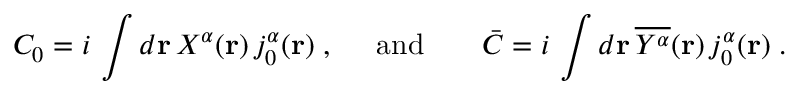
{ \cal C } _ { 0 } = i \, \int d { \bf { r } } \, { \textstyle { \cal X } ^ { \alpha } } ( { \bf r } ) \, j _ { 0 } ^ { \alpha } ( { \bf r } ) \; , \; \; \; \; \; \mathrm { a n d } \; \; \; \; \; \; \; { \bar { \cal C } } = i \, \int d { \bf { r } } \, \overline { { { { \cal Y } ^ { \alpha } } } } ( { \bf r } ) \, j _ { 0 } ^ { \alpha } ( { \bf r } ) \; .